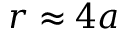
r \approx 4 a